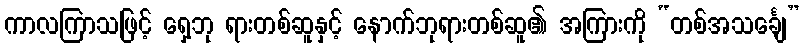
ကာလကြာသဖြင့် ရှေ့ဘု ရားတစ်ဆူနှင့် နောက်ဘုရားတစ်ဆူ၏ အကြားကို “တစ်အသင်္ချေ”